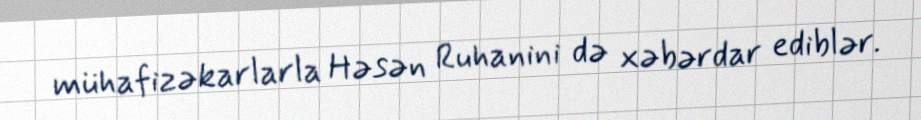
mühafizəkarlarla Həsən Ruhanini də xəbərdar ediblər.